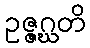
ဥဇ္ဇဂ္ဃတိ